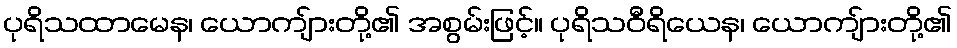
ပုရိသထာမေန၊ ယောကျ်ားတို့၏ အစွမ်းဖြင့်။ ပုရိသဝီရိယေန၊ ယောကျ်ားတို့၏